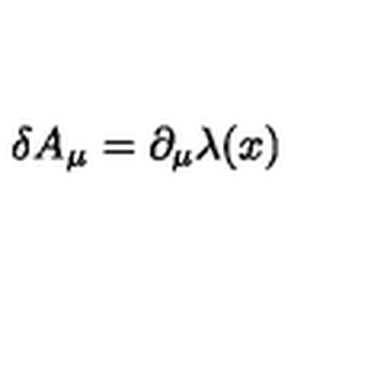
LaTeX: \delta A _ { \mu } = \partial _ { \mu } \lambda ( x )